Report on vaccination in the Province of Bengal - 1869-1873
Year: 1869
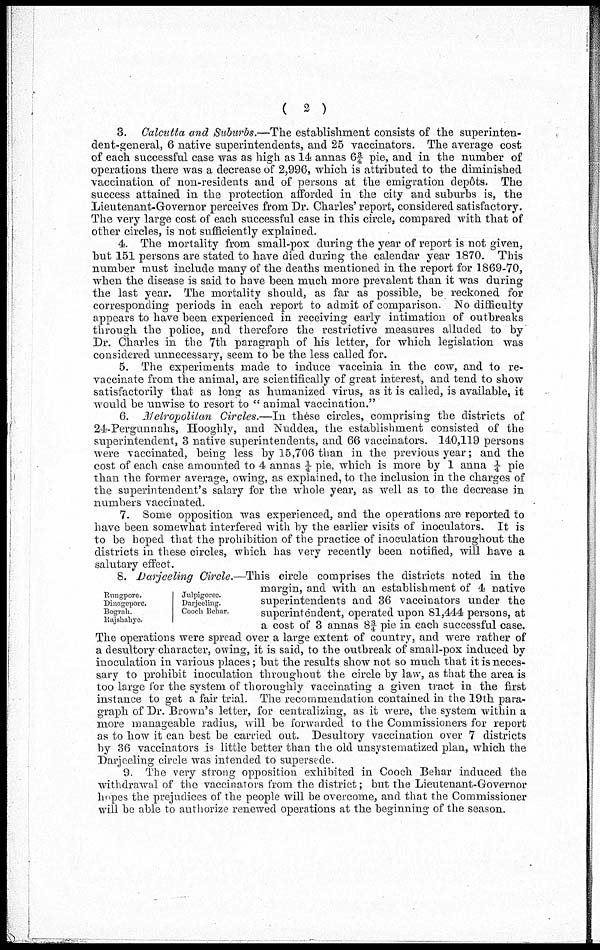
( 2 )
3. Calcutta and Suburbs.—The establishment consists of the superinten-
dent-general, 6 native superintendents, and 25 vaccinators. The average cost
of each successful case was as high as 14 annas 6¾ pie, and in the number of
operations there was a decrease of 2,996, which is attributed to the diminished
vaccination of non-residents and of persons at the emigration depôts. The
success attained in the protection afforded in the city and suburbs is, the
Lieutenant-Governor perceives from Dr. Charles' report, considered satisfactory.
The very large cost of each successful case in this circle, compared with that of
other circles, is not sufficiently explained.
4. The mortality from small-pox during the year of report is not given,
but 151 persons are stated to have died during the calendar year 1870. This
number must include many of the deaths mentioned in the report for 1869-70,
when the disease is said to have been much more prevalent than it was during
the last year. The mortality should, as far as possible, be reckoned for
corresponding periods in each report to admit of comparison. No difficulty
appears to have been experienced in receiving early intimation of outbreaks
through the police, and therefore the restrictive measures alluded to by
Dr. Charles in the 7th paragraph of his letter, for which legislation was
considered unnecessary, seem to be the less called for.
5. The experiments made to induce vaccinia in the cow, and to re-
vaccinate from the animal, are scientifically of great interest, and tend to show
satisfactorily that as long as humanized virus, as it is called, is available, it
would be unwise to resort to " animal vaccination."
6. Metropolitan Circles.—In these circles, comprising the districts of
24-Pergunnahs, Hooghly, and Nuddea, the establishment consisted of the
superintendent, 3 native superintendents, and 66 vaccinators. 140,119 persons
were vaccinated, being less by 15,706 than in the previous year; and the
cost of each case amounted to 4 annas ¼ pie. which is more by 1 anna ¼ pie
than the former average, owing, as explained, to the inclusion in the charges of
the superintendent's salary for the whole year, as well as to the decrease in
numbers vaccinated.
7. Some opposition was experienced, and the operations are reported to
have been somewhat interfered with by the earlier visits of inoculators. It is
to be hoped that the prohibition of the practice of inoculation throughout the
districts in these circles, which has very recently been notified, will have a
salutary effect.
Rungpore.
Dinagepore.
Bograh.
Rajshahye.
Julpigoree.
Darjeeling.
Cooch Behar.
8. Darjeeling Circle.—This circle comprises the districts noted in the
margin, and with an establishment of 4 native
superintendents and 36 vaccinators under the
superintendent, operated upon 81,444 persons, at
a cost of 3 annas 8¾ pie in each successful case.
The operations were spread over a large extent of country, and were rather of
a desultory character, owing, it is said, to the outbreak of small-pox induced by
inoculation in various places; but the results show not so much that it is neces-
sary to prohibit inoculation throughout the circle by law, as that the area is
too large for the system of thoroughly vaccinating a given tract in the first
instance to get a fair trial. The recommendation contained in the 19th para-
graph of Dr. Brown's letter, for centralizing, as it were, the system within a
more manageable radius, will be forwarded to the Commissioners for report
as to how it can best be carried out. Desultory vaccination over 7 districts
by 36 vaccinators is little better than the old unsystematized plan, which the
Darjeeling circle was intended to supersede.
9. The very strong opposition exhibited in Cooch Behar induced the
withdrawal of the vaccinators from the district; but the Lieutenant-Governor
hopes the prejudices of the people will be overcome, and that the Commissioner
will be able to authorize renewed operations at the beginning of the season.